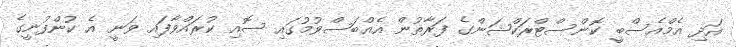
އަދި އެމްއެސްބީ ކޮންސްޓްރަކްޝަންގެ ފަރާތުން އެއްބަސްވުމުގައި ސޮއި ކުރައްވާފައި ވަނީ އެ ކުންފުނީގެ